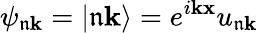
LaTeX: \psi_{\mathfrak{n}\mathbf{{k}}}=|\mathfrak{n}\mathbf{{k}}\rangle=e^{i\mathbf{{k}}\mathbf{{x}}}u_{\mathfrak{n}\mathbf{{k}}}